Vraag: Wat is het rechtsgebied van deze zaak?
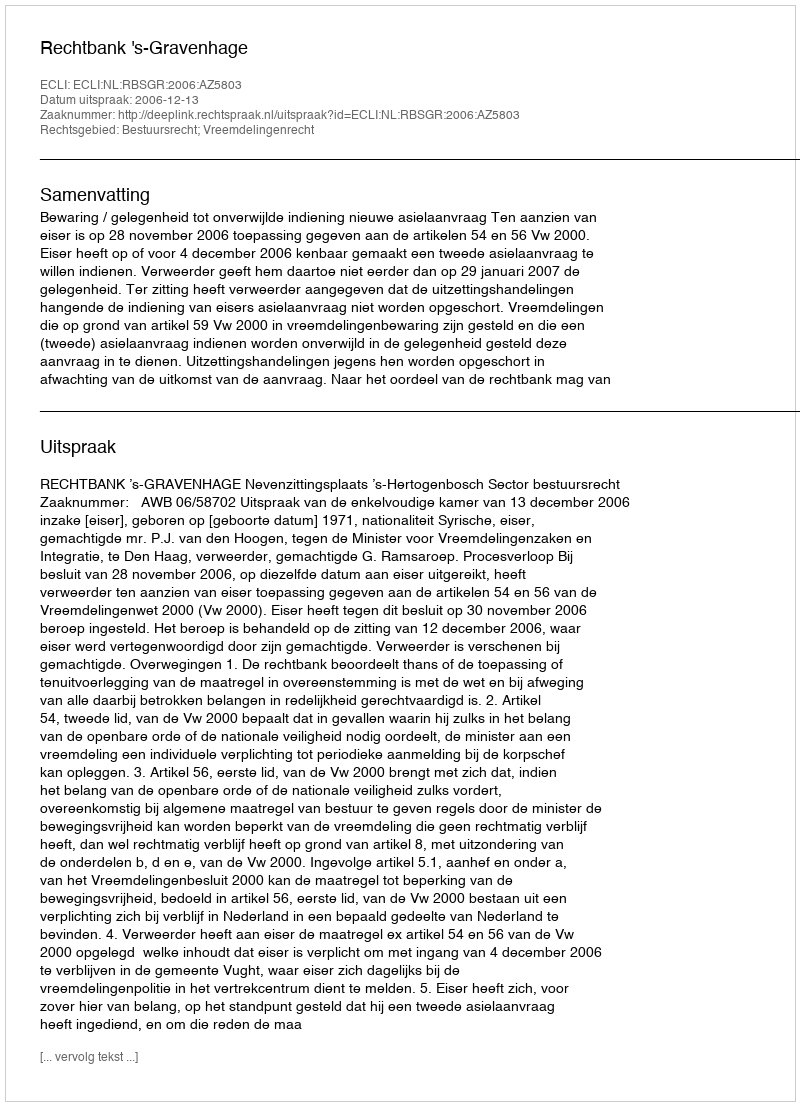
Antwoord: Bestuursrecht; Vreemdelingenrecht